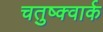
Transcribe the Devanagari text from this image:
चतुष्क्वार्क